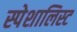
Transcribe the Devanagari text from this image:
स्पेशालिस्ट